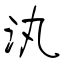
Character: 汍